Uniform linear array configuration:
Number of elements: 32
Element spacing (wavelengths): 0.5
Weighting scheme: cosine
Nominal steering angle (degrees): -45
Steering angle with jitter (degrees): -43.492
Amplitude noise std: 0.05
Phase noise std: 0.05

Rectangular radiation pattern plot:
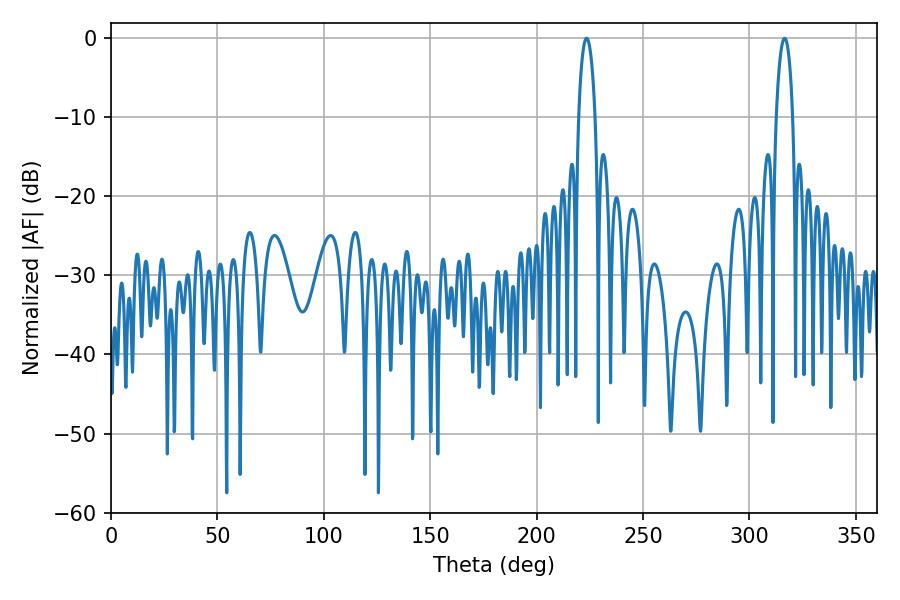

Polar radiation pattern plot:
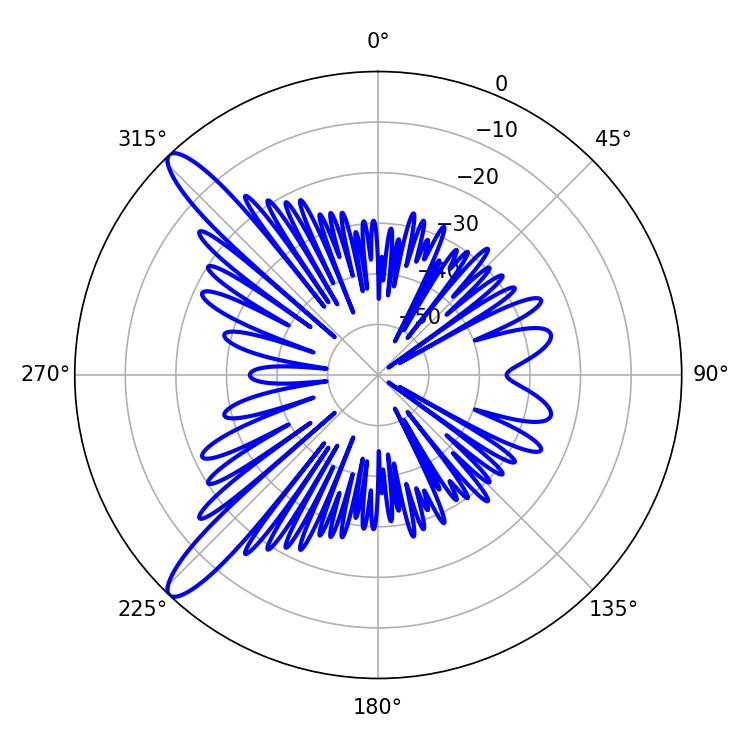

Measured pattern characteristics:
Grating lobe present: FALSE
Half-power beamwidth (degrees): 4.32
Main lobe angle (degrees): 223.56